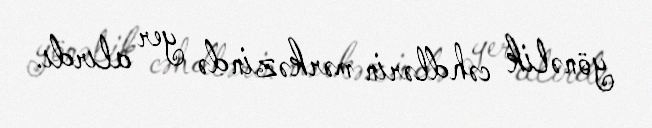
yönəlik cəhdlərin mərkəzində yer alırdı.